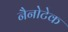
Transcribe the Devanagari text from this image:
नैनोटेक